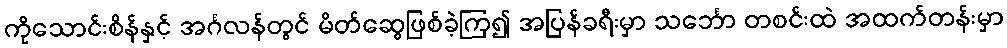
ကိုသောင်းစိန်နှင့် အင်္ဂလန်တွင် မိတ်ဆွေဖြစ်ခဲ့ကြ၍ အပြန်ခရီးမှာ သင်္ဘော တစင်းထဲ အထက်တန်းမှာ